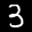
Label: 3